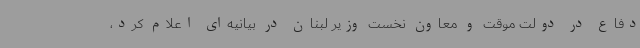
دفاع در دولت موقت و معاون نخست وزیر لبنان در بیانیه‌ای اعلام کرد،